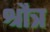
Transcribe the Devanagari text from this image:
श्रौत्र